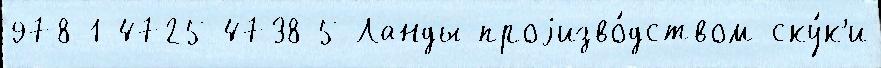
978-1-4725-4738-5 Ланды проjизво́дством ску́к'и